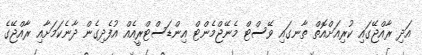
އަދި ރާއްޖޭގައި ކުރިއަށްއޮތް ތާނގައި ވޭސްޓް މެނޭޖްމެންޓް އިންޑަސްޓްރީއެއް އުފެދިގެން ދާނެކަމަށާއި ރާއްޖޭގެ